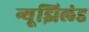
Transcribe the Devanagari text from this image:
न्यूझिलंड